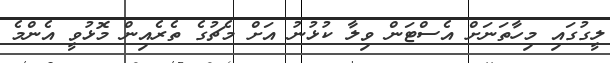
ލީގުގައި މިހާތަނަށް އެސްޓަން ވިލާ ކުޅުނު އަށް މެޗުގެ ތެރެއިން މޮޅުވީ އެންމެ